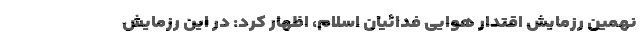
نهمین رزمایش اقتدار هوایی فدائیان اسلام، اظهار کرد: در این رزمایش